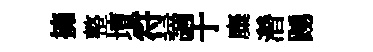
擁整壇符謫于麋濳踴